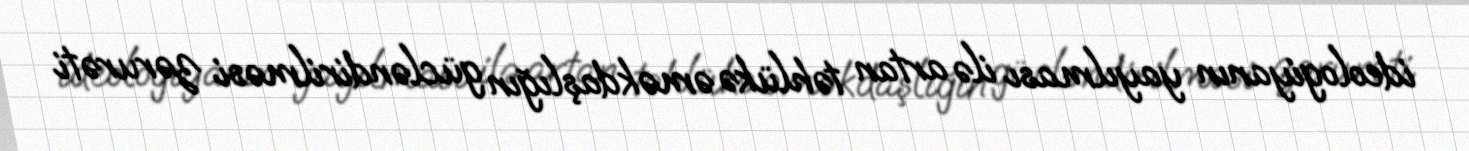
ideologiyanın yayılması ilə artan təhlükə əməkdaşlığın gücləndirilməsi zərurəti